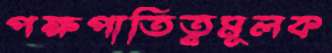
পক্ষপাতিত্বমূলক